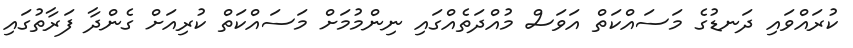
ކުރައްވައި ދަނޑުގެ މަސައްކަތް އަވަސް މުއްދަތެއްގައި ނިންމުމަށް މަސައްކަތް ކުރިއަށް ގެންދާ ފަރާތުގައި